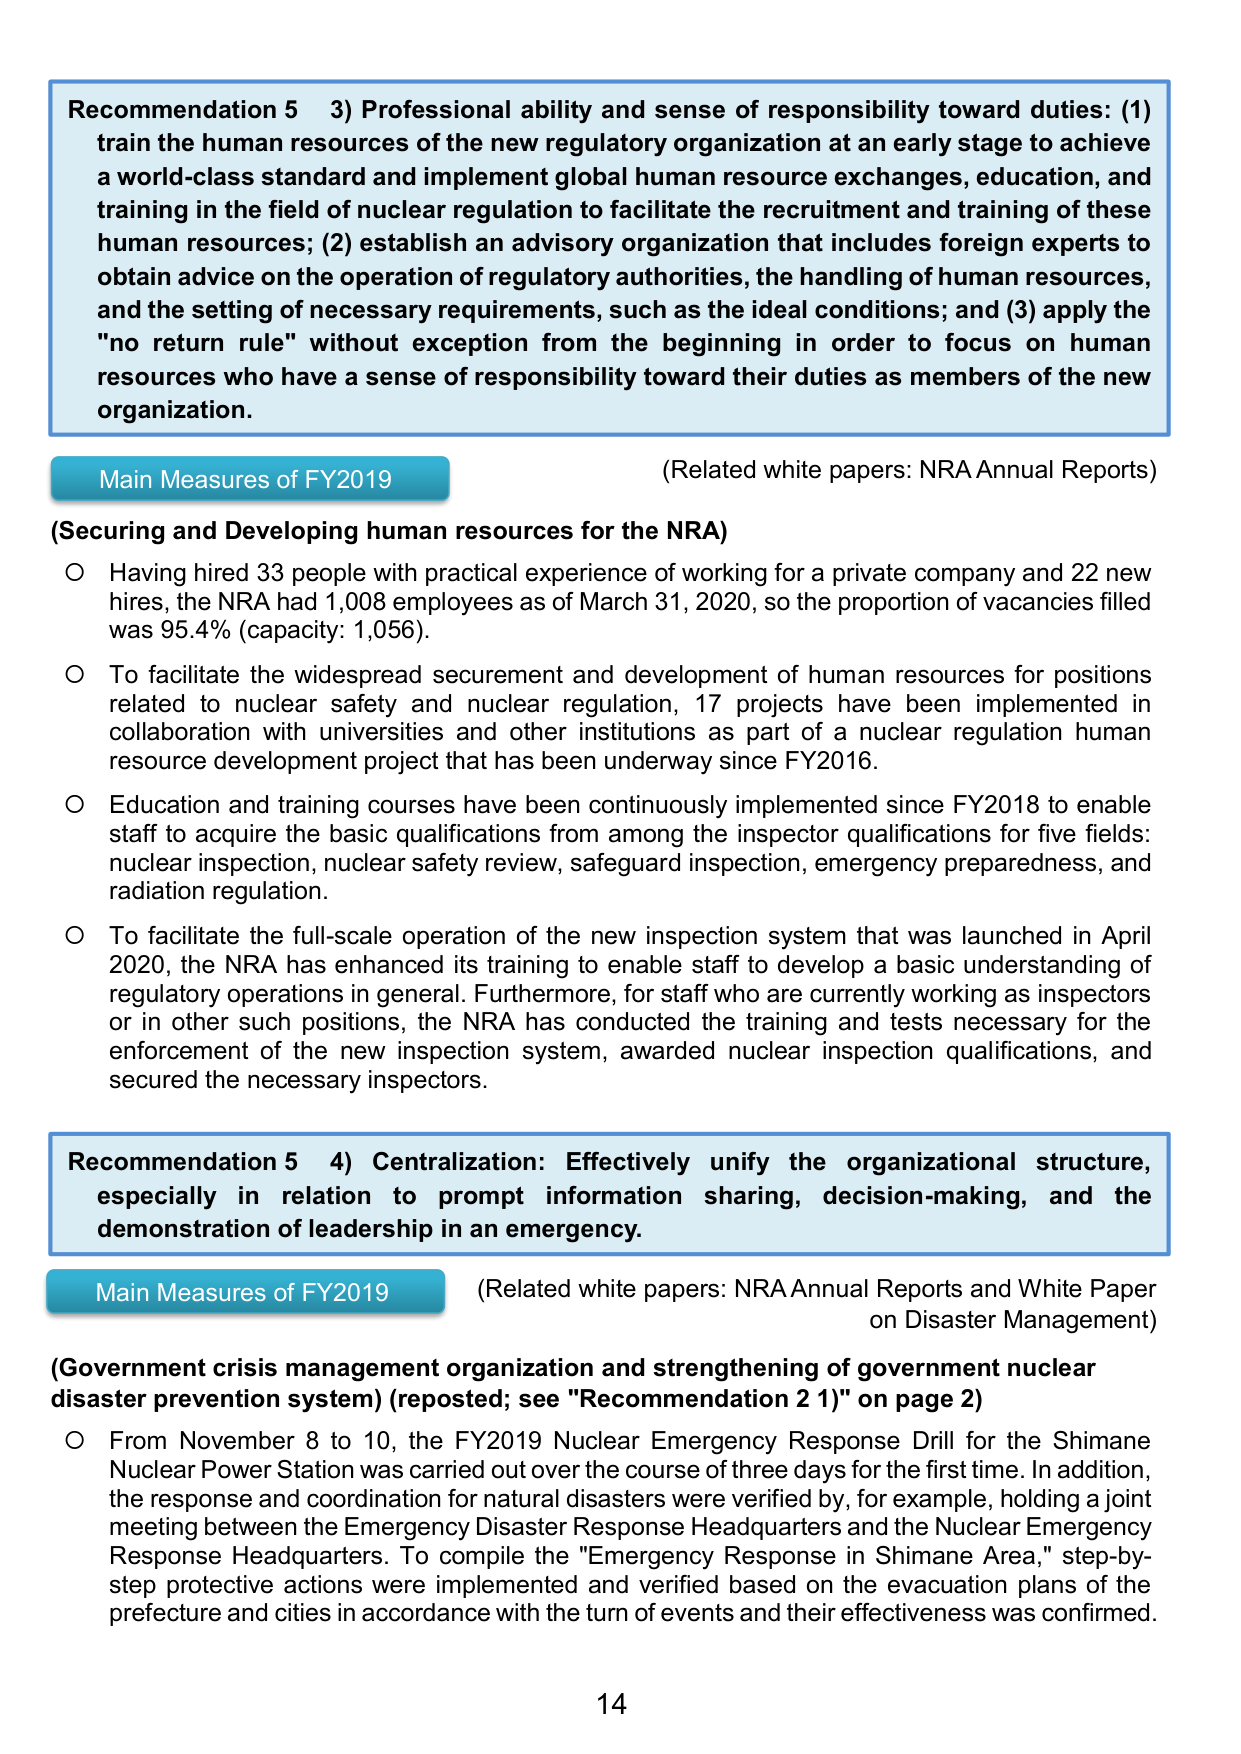
Recommendation 5 3) Professional ability and sense of responsibility toward duties: (1) train the human resources of the new regulatory organization at an early stage to achieve a world-class standard and implement global human resource exchanges, education, and training in the field of nuclear regulation to facilitate the recruitment and training of these human resources; (2) establish an advisory organization that includes foreign experts to obtain advice on the operation of regulatory authorities, the handling of human resources, and the setting of necessary requirements, such as the ideal conditions; and (3) apply the "no return rule" without exception from the beginning in order to focus on human resources who have a sense of responsibility toward their duties as members of the new organization.

Main Measures of FY2019
(Related white papers: NRA Annual Reports)

(Securing and Developing human resources for the NRA)
○ Having hired 33 people with practical experience of working for a private company and 22 new hires, the NRA had 1,008 employees as of March 31, 2020, so the proportion of vacancies filled was 95.4% (capacity: 1,056).
○ To facilitate the widespread securement and development of human resources for positions related to nuclear safety and nuclear regulation, 17 projects have been implemented in collaboration with universities and other institutions as part of a nuclear regulation human resource development project that has been underway since FY2016.
○ Education and training courses have been continuously implemented since FY2018 to enable staff to acquire the basic qualifications from among the inspector qualifications for five fields: nuclear inspection, nuclear safety review, safeguard inspection, emergency preparedness, and radiation regulation.
○ To facilitate the full-scale operation of the new inspection system that was launched in April 2020, the NRA has enhanced its training to enable staff to develop a basic understanding of regulatory operations in general. Furthermore, for staff who are currently working as inspectors or in other such positions, the NRA has conducted the training and tests necessary for the enforcement of the new inspection system, awarded nuclear inspection qualifications, and secured the necessary inspectors.

Recommendation 5 4) Centralization: Effectively unify the organizational structure, especially in relation to prompt information sharing, decision-making, and the demonstration of leadership in an emergency.

Main Measures of FY2019
(Related white papers: NRA Annual Reports and White Paper on Disaster Management)

(Government crisis management organization and strengthening of government nuclear disaster prevention system) (reposted; see "Recommendation 2 1)" on page 2)
○ From November 8 to 10, the FY2019 Nuclear Emergency Response Drill for the Shimane Nuclear Power Station was carried out over the course of three days for the first time. In addition, the response and coordination for natural disasters were verified by, for example, holding a joint meeting between the Emergency Disaster Response Headquarters and the Nuclear Emergency Response Headquarters. To compile the "Emergency Response in Shimane Area," step-by-step protective actions were implemented and verified based on the evacuation plans of the prefecture and cities in accordance with the turn of events and their effectiveness was confirmed.

14